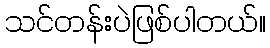
သင်တန်းပဲဖြစ်ပါတယ်။